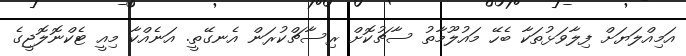
އަމިއްލަޔަށް ފިލާވަޅުތަކާ ބެހޭ މައުލޫމާތު ސާޗުކޮށް ރިސާޗްކުރަން އެނގޭތީ. އަނެއްކާ މިއީ ޓެކްނޮލޮޖީގެ